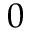
0